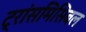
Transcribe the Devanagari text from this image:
ट्रांसमिसिबल